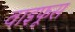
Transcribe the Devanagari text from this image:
वाइफूस